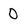
Character: O